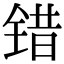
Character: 错